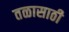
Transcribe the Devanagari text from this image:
तळासाठी